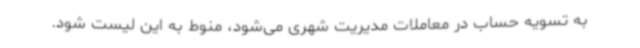
به تسویه حساب در معاملات مدیریت شهری می‌شود، منوط به این لیست شود.